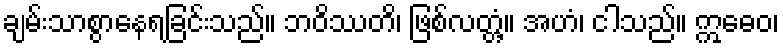
ချမ်းသာစွာနေရခြင်းသည်။ ဘဝိဿတိ၊ ဖြစ်လတ္တံ့။ အဟံ၊ ငါသည်။ ဣဓေဝ၊